Indian journal of veterinary science and animal husbandry - Volume 1,
Year: 1931
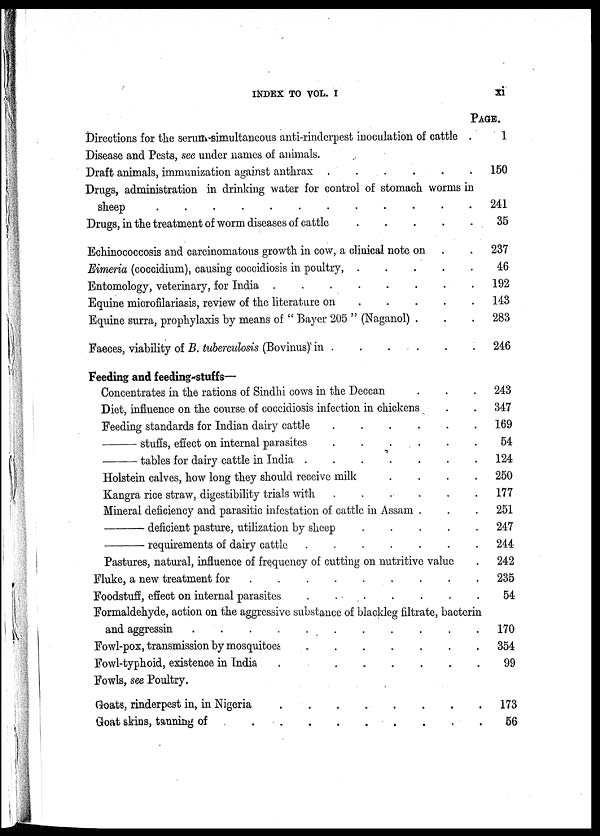
INDEX TO VOL. I
xi
Directions for the serum-simultaneous anti-rinderpest inoculation of cattle
Disease and Pests, see under names of animals.
Draft animals, immunization against anthrax . . . . .
Drugs, administration in drinking water for control of stomach worms in
sheep . . . . . . . . . .
Drugs, in the treatment of worm diseases of cattle . . . . .
Echinococcosis and carcinomatous growth in cow, a clinical note on
Eimeria (coccidium), causing coccidiosis in poultry, . . . . .
Entomology, veterinary, for India
.
.
.
.
.
.
.
.
Equine microfilariasis, review of the literature on
. . . . .
Equine surra, prophylaxis by means of " Bayer 205 " (Naganol) . . .
Faeces, viability of B. tuberculosis (Bovinus) in
.
.
.
.
.
Feeding and feeding-stuffs—
Concentrates in the rations of Sindhi cows in the Deccan . . .
Diet, influence on the course of coccidiosis infection in chickens . .
Feeding standards for Indian dairy cattle
.
.
.
.
.
.
—
stuffs, effect on internal parasites
.
.
.
.
.
—
tables for dairy cattle in India
.
.
.
.
.
.
Holstein calves, how long they should receive milk . . .
Kangra rice straw, digestibility trials with . . . . .
Mineral deficiency and parasitic infestation of cattle in Assam . . .
—
deficient pasture, utilization by sheep
.
.
.
.
.
—
requirements of dairy cattle
.
.
.
.
.
.
Pastures, natural, influence of frequency of cutting on nutritive value .
Fluke, a new treatment for
.
.
.
.
.
.
.
Foodstuff, effect on internal parasites
.
.
.
.
.
Formaldehyde, action on the aggressive substance of blackleg filtrate, bacterin
and aggressin . . . . . . . .
Fowl-pox, transmission by mosquitoes
.
.
.
.
.
Fowl-typhoid, existence in India . . . . .
Fowls, see Poultry.
Goats, rinderpest in, in Nigeria
.
.
.
.
.
.
Goat skins, tanning of . . . . . . .
PAGE.
1
150
241
35
237
46
192
143
283
246
243
347
169
54
124
250
177
251
247
244
242
235
54
170
354
99
173
56